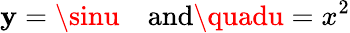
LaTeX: \mathbf{y}=\sinu\quad{\mathrm{{and}}}\quadu=x^{2}